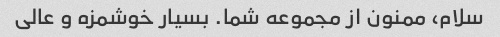
سلام، ممنون از مجموعه شما. بسیار خوشمزه و عالی